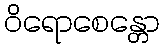
ဝိရောစေန္တော